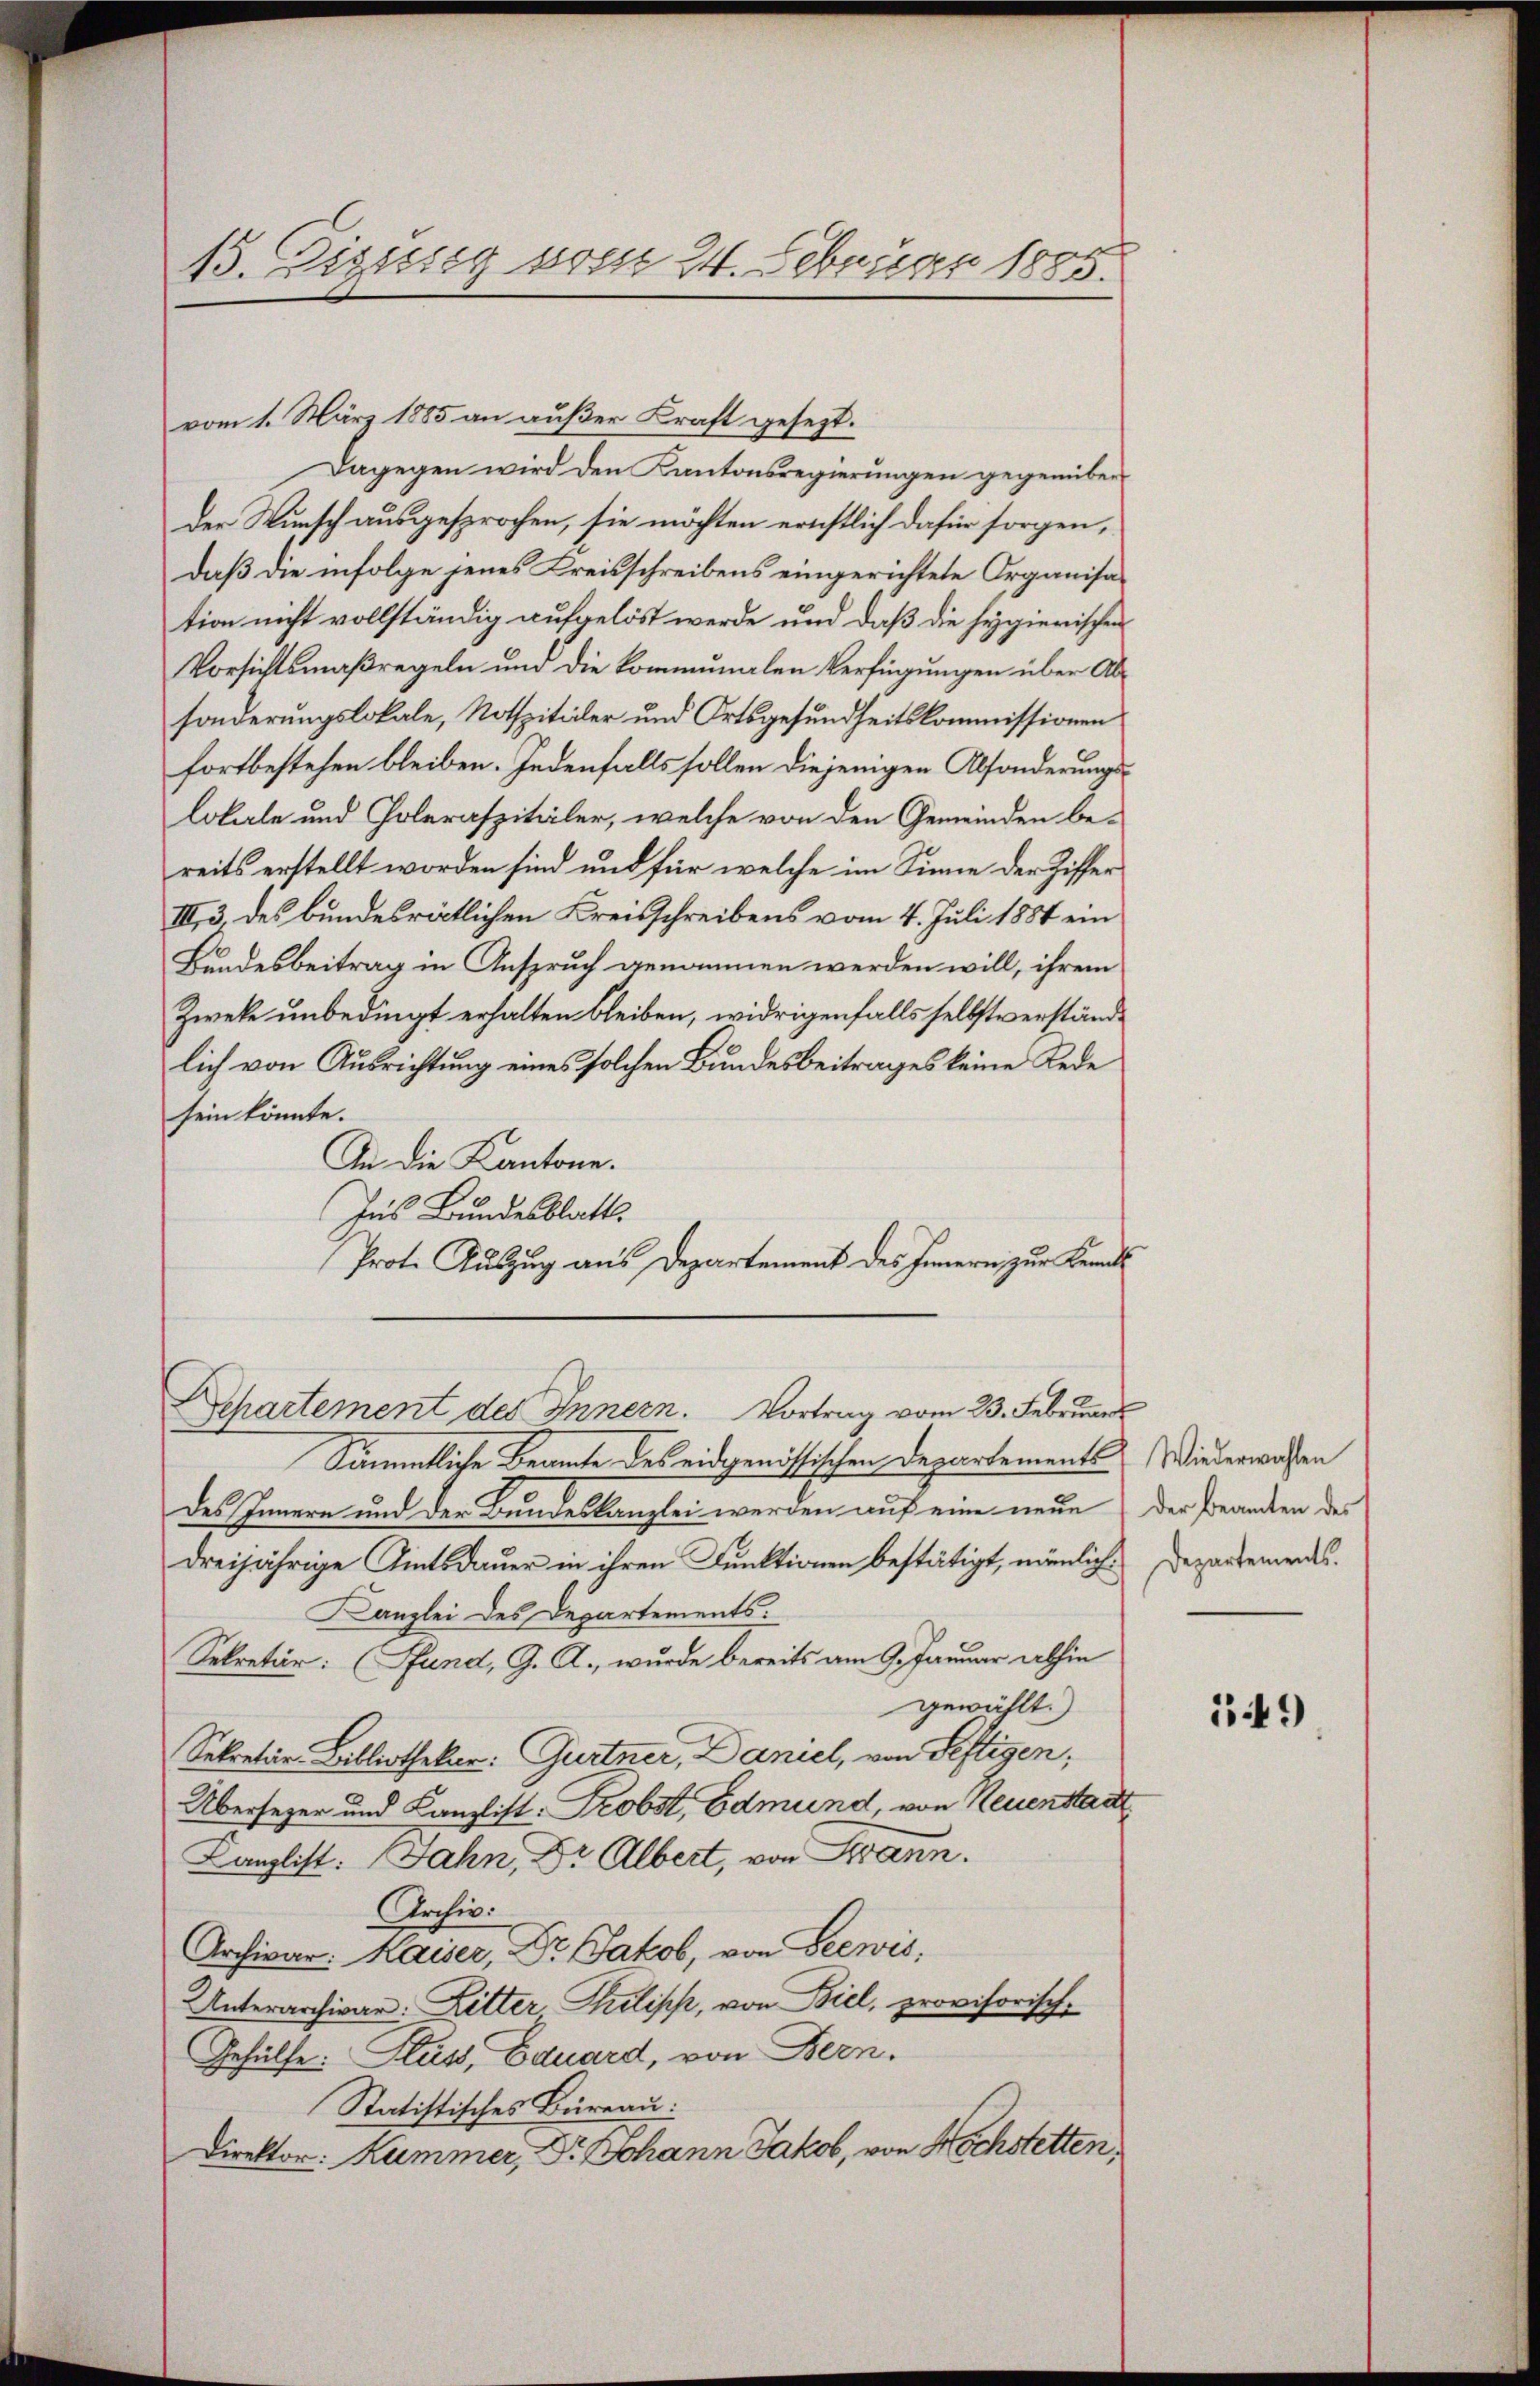
13. Diesig vom 24. Februar 1885.

vom 1. März 1885 an außer Kraft gesezt.
Dagegen wird den Kantonsregierungen gegenüber
Der Wunsch ausgesprochen, sie möchten ernstlich dafür sorgen,
daß die infolge jenes Kreisschreibens eingerichtete Organisation nicht vollständig aufgelöst werde und daß die Hygierischen
Vorsichtsmaßregeln und die kommunalen Verfügungen über Absonderungslokale, Nothzitidler und Ortsgesundheitskommissionen
fortbestehen bleiben. Jedenfalls sollen diejenigen Absonderungslokale und Poleraspitäler, welche von den Gemeinden bereits erstellt worden sind und für welche im Sinne der Ziffer
III, 3. des bundesrätlichen Kreisschreibens vom 4. Juli 1884 ein
Bundesbeitrag in Anspruch genommen werden will, ihrem
Zwek unbedingt erhalten bleiben, widrigenfalls selbstverständlich von Ausrichtung eines solchen Bundesbeitrages keine Rede
sein könnte.
An die Kantone.
Ins Bundesblatt.
Prote Auszug aus Departement des Innern zur Kennt
Departement des Innern. Vortrag vom 23. Februar
Sämmtliche Beamte des eidgenössischen Departements Wiederwahlen
des Innern und der Bundeskanzlei werden auf eine neue der Franken des
dreijährige Amtsdauer in ihren Funktionen bestätigt, nämlich. Departemendes.
Kanzlei des Departements.
Sekretär: (Fund, G. A., wurde bereits am 9. Januar abhin
gewählt.)
Sekretär Bibliothekar: Gurtner, Daniel, von Seftigen,
Übersezer und Canzlist. Probst, Edmund, von Neuenstadt
Kanzlist: Jahn, Dr Albert, von Strann.
Archiv:
Archivar: Kaiser, Dr. Jakob, von Seewis,
Unterarchivar: Litter Pilipp, von Biel, provisorisch-
Gehülfe: Fluss, Eduard, von Bern.
Statistisches Büreau.
Direktor: Kummer, Dr. Johann Jakob, von Hochstetten

149